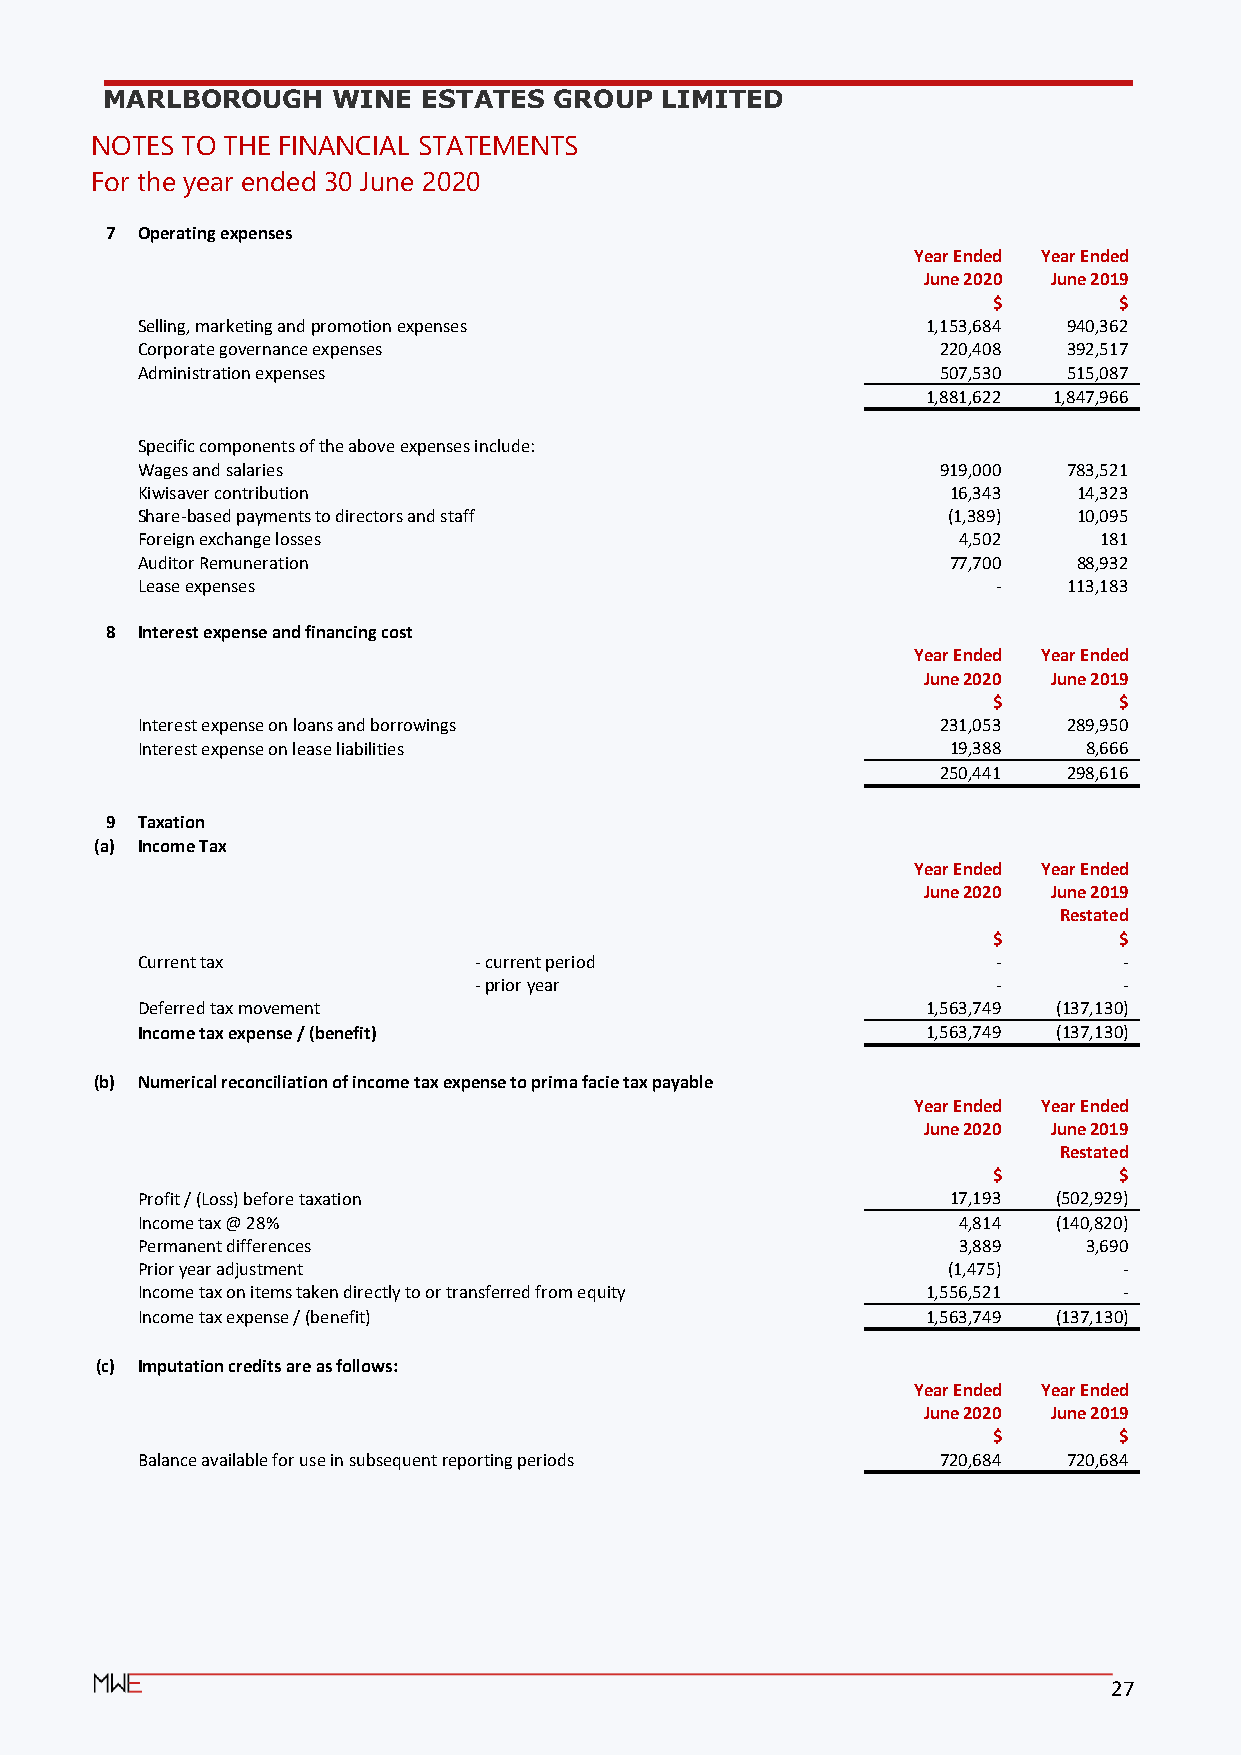
MARLBOROUGH    WINE  ESTATES  GROUP  LIMITED
 NOTES TO THE FINANCIAL STATEMENTS
 For the year ended 30 June 2020
 7 Operating expenses
 Year Ended Year Ended
 June 2020 June 2019
 $       $
 Selling, marketing and promotion expenses           1,153,684 940,362
 Corporate governance expenses                        220,408  392,517
 Administration expenses                              507,530  515,087
 1,881,622 1,847,966
 Specific components of the above expenses include:
 Wages and salaries                                   919,000  783,521
 Kiwisaver contribution                                16,343  14,323
 Share-based payments to directors and staff           (1,389) 10,095
 Foreign exchange losses                               4,502     181
 Auditor Remuneration                                  77,700  88,932
 Lease expenses                                           -    113,183
 8 Interest expense and financing cost
 Year Ended Year Ended
 June 2020 June 2019
 $       $
 Interest expense on loans and borrowings             231,053  289,950
 Interest expense on lease liabilities                 19,388   8,666
 250,441  298,616
 9 Taxation
 (a) Income Tax
 Year Ended Year Ended
 June 2020 June 2019
 Restated
 $       $
 Current tax           - current period                   -       -
 - prior year                       -       -
 Deferred tax movement                               1,563,749 (137,130)
 Income tax expense / (benefit)                      1,563,749 (137,130)
 (b) Numerical reconciliation of income tax expense to prima facie tax payable
 Year Ended Year Ended
 June 2020 June 2019
 Restated
 $       $
 Profit / (Loss) before taxation                       17,193 (502,929)
 Income tax @ 28%                                      4,814  (140,820)
 Permanent differences                                 3,889    3,690
 Prior year adjustment                                 (1,475)    -
 Income tax on items taken directly to or transferred from equity 1,556,521 -
 Income tax expense / (benefit)                      1,563,749 (137,130)
 (c) Imputation credits are as follows:
 Year Ended Year Ended
 June 2020 June 2019
 $       $
 Balance available for use in subsequent reporting periods 720,684 720,684
 27